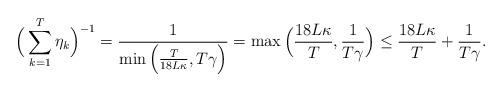
LaTeX: \begin{align*} \Big(\sum_{k=1}^{T}\eta_{k}\Big)^{-1}=\frac{1}{\min\Big(\frac{T}{18L\kappa}, T\gamma\Big)} =\max\Big(\frac{18L\kappa}{T},\frac{1}{T\gamma}\Big)\leq \frac{18L\kappa}{T}+\frac{1}{T\gamma}.\end{align*}